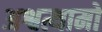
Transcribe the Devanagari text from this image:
अश्वत्थामो